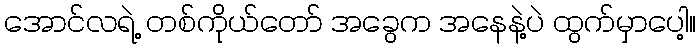
အောင်လရဲ့ တစ်ကိုယ်တော် အခွေက အနေနဲ့ပဲ ထွက်မှာပေါ့။